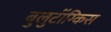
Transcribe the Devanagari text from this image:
बुलुटॉंग्किस